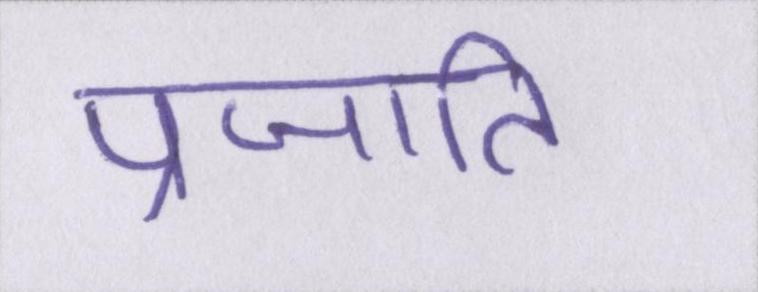
प्रजाति